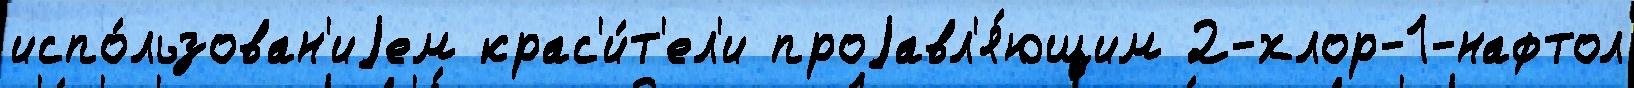
испо́льзован'иjем крас'и́т'ел'и проjавл'я́ющим 2-хлор-1-нафтол